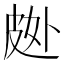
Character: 𱲂